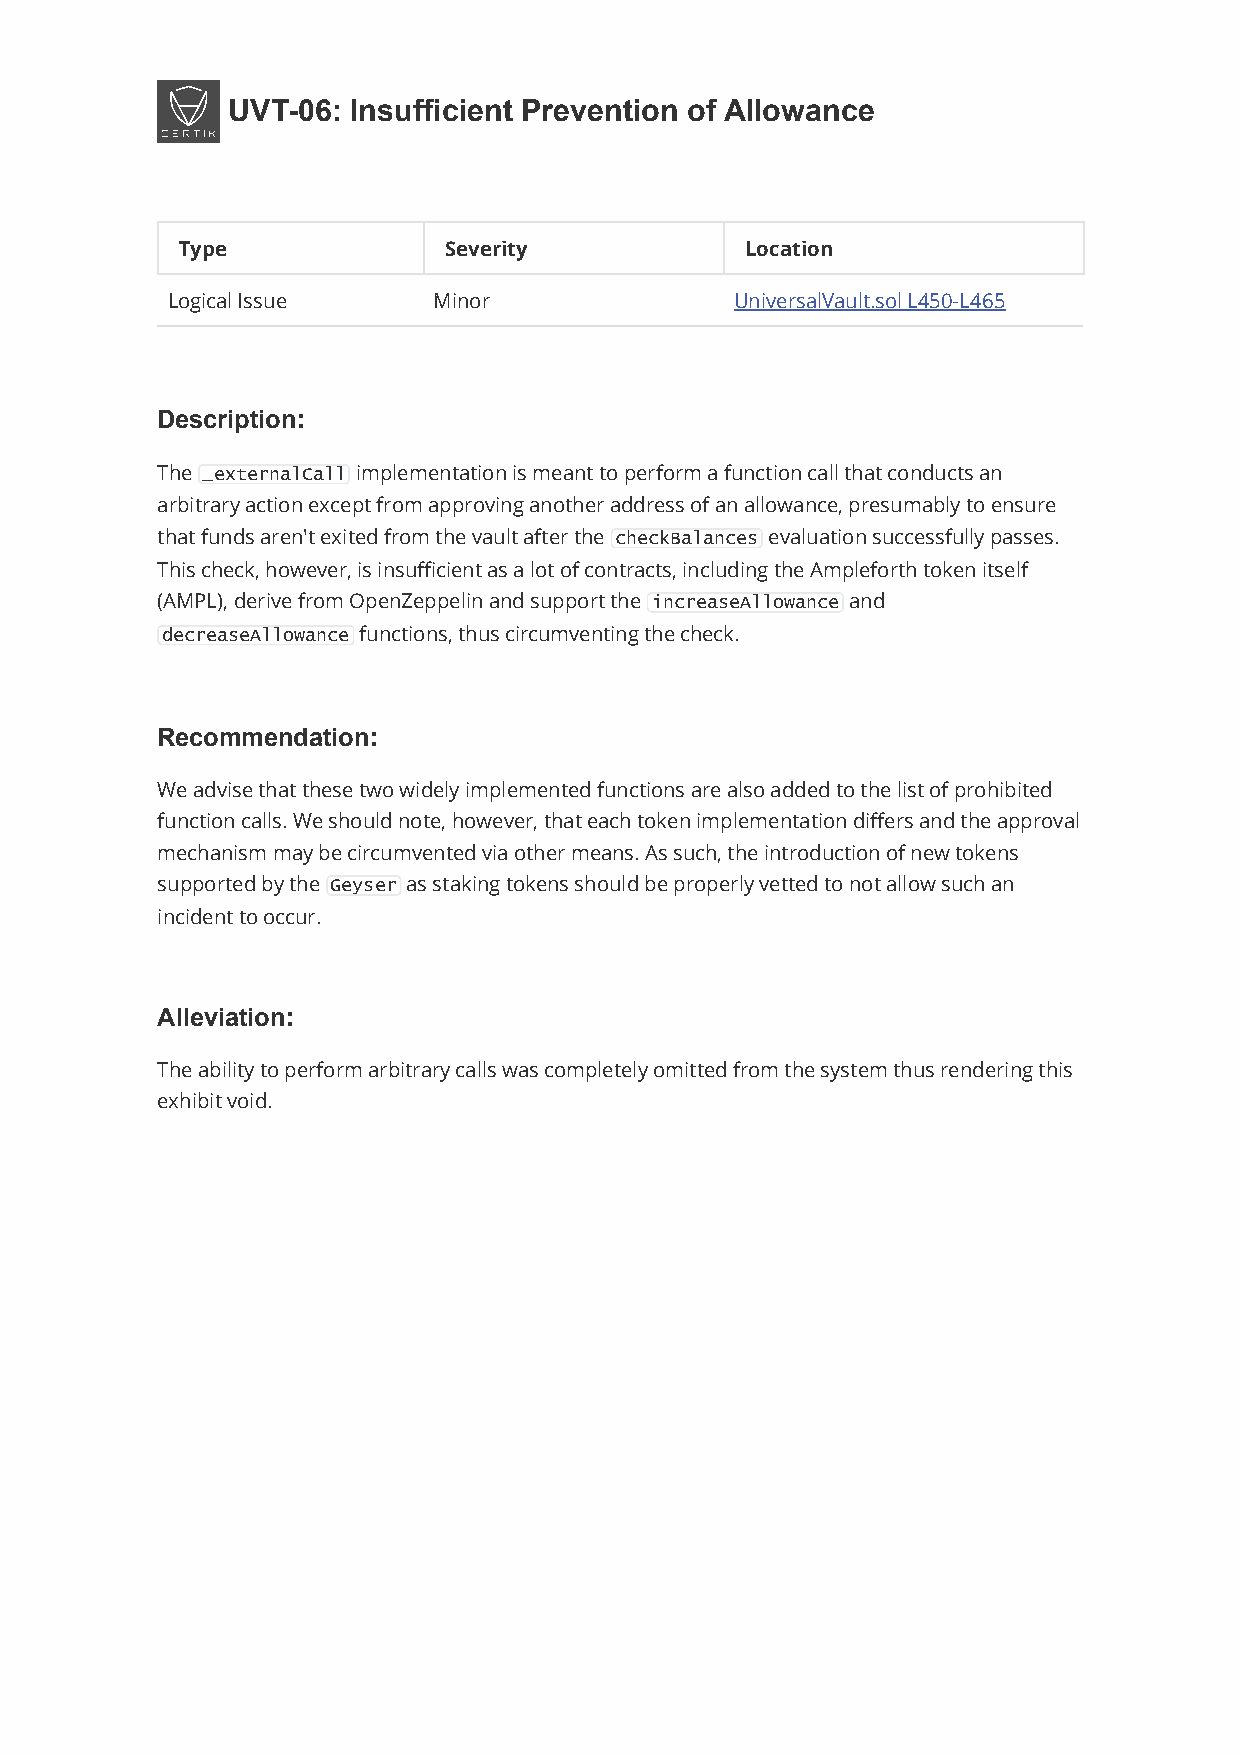
UVT-06: Insufficient Prevention of Allowance
 Type             Severity            Location
 Logical Issue     Minor               UniversalVault.sol L450-L465
 Description:
 The _externalCall implementation is meant to perform a function call that conducts an
 arbitrary action except from approving another address of an allowance, presumably to ensure
 that funds aren't exited from the vault after the checkBalances evaluation successfully passes.
 This check, however, is insufficient as a lot of contracts, including the Ampleforth token itself
 (AMPL), derive from OpenZeppelin and support the increaseAllowance and
 decreaseAllowance functions, thus circumventing the check.
 Recommendation:
 We advise that these two widely implemented functions are also added to the list of prohibited
 function calls. We should note, however, that each token implementation differs and the approval
 mechanism may be circumvented via other means. As such, the introduction of new tokens
 supported by the Geyser as staking tokens should be properly vetted to not allow such an
 incident to occur.
 Alleviation:
 The ability to perform arbitrary calls was completely omitted from the system thus rendering this
 exhibit void.